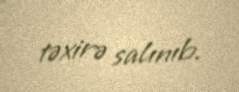
təxirə salınıb.